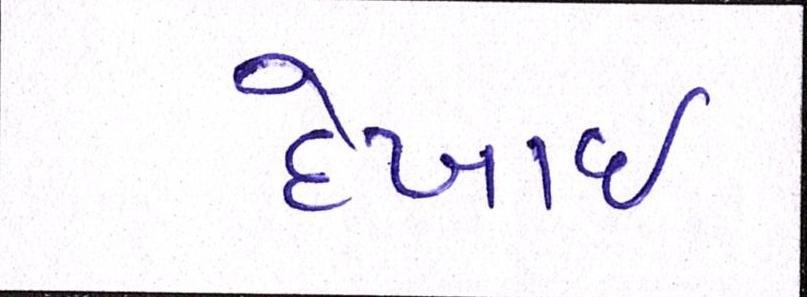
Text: દેખાઈ